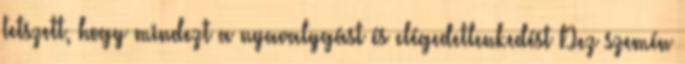
tetszett, hogy mindezt a nyavalygást és elégedetlenkedést Dez szemén